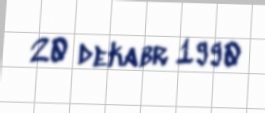
20 dekabr 1990